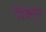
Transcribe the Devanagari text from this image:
पिक्तुस